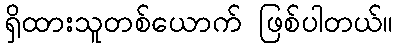
ရှိထားသူတစ်ယောက် ဖြစ်ပါတယ်။